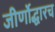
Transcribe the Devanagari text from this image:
जीर्णोद्धारच